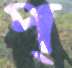
প্